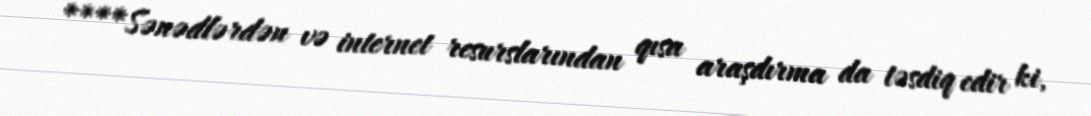
****Sənədlərdən və internet resurslarından qısa araşdırma da təsdiq edir ki,